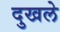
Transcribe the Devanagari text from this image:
दुखले